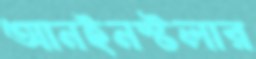
আনইনস্টলার